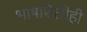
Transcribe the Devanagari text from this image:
भाषाशेलीही